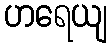
ဟရေယျ